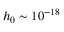
h _ { 0 } \sim 1 0 ^ { - 1 8 }